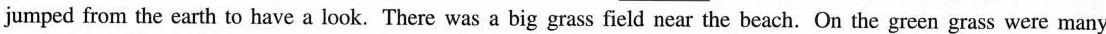
jumped from the earth to have a look. There was a big grass field near the beach. On the green grass were many